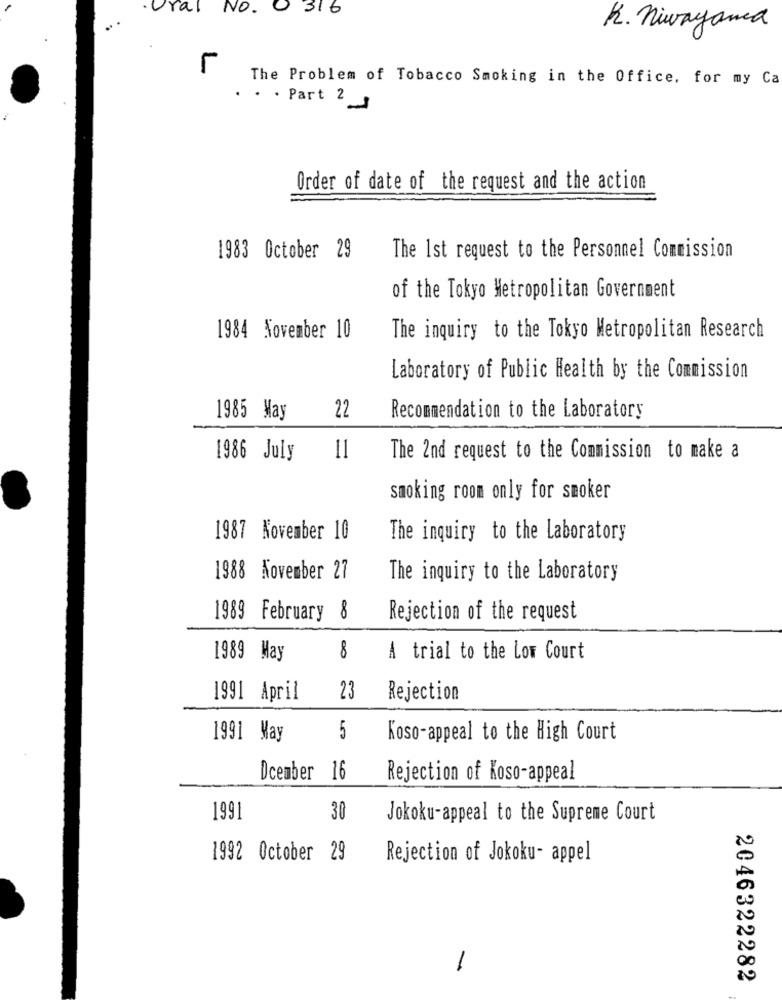
Ural No. 0 316
R. Miwayana
The Problem of Tobacco Smoking in the Office, for my Ca
. . . Part 2_3
Order of date of the request and the action
1983 October 29
The 1st request to the Personnel Commission
of the Tokyo Metropolitan Government
1984 November 10
The inquiry to the Tokyo Metropolitan Research
Laboratory of Public Health by the Commission
1985 May
22
Recommendation to the Laboratory
1986 July
11
The 2nd request to the Commission to make a
smoking room only for smoker
1987 November 10
The inquiry to the Laboratory
1988 November 27
The inquiry to the Laboratory
1989 February 8
Rejection of the request
8
1989 May
A trial to the Low Court
1991 April
23
Rejection
5
1991 May
Koso-appeal to the High Court
Dcember 16
Rejection of Koso-appeal
1991
30
Jokoku-appeal to the Supreme Court
1992 October 29
Rejection of Jokoku- appel
-
2046322282